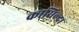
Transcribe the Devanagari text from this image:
कासिल्दा